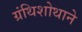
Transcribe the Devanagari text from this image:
ग्रंथिशोथाने